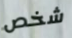
شخص